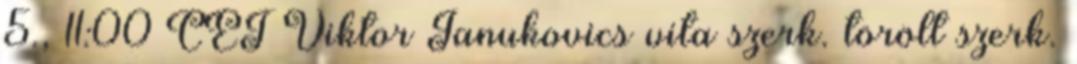
5., 11:00 CET Viktor Janukovics vita szerk. törölt szerk.